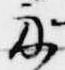
示